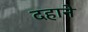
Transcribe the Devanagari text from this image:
दहाने